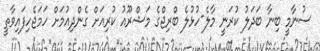
ސުނާމީ ބިނާ ބަދަލު ކުރަނީ މާލެ-ހުޅުލެ ބްރިޖްގެ މަޝްރޫއު ކުރިއަށް ގެންދިއުމަށް ހަމަޖެހިފައިވާތީ